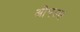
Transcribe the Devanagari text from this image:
ओपल्स